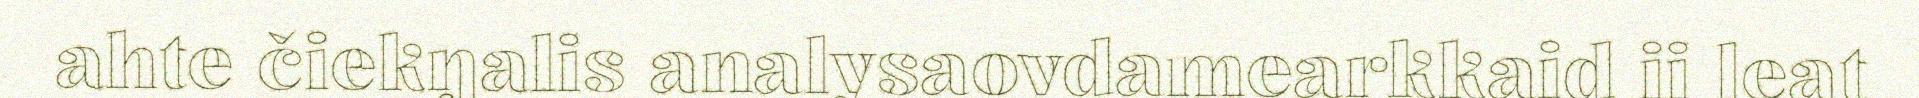
ahte čiekŋalis analysaovdamearkkaid ii leat